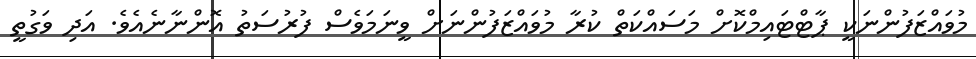
މުވައްޒަފުންނަކީ ޕާޓްޓައިމްކޮށް މަސައްކަތް ކުރާ މުވައްޒަފުންނަށް ވީނަމަވެސް ފުރުސަތު އޮންނާނެއެވެ. އަދި ވަގުތީ